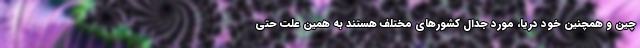
چین و همچنین خود دریا، مورد جدال کشورهای مختلف هستند به همین علت حتی